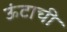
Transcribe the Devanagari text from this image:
ऊंटाची